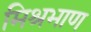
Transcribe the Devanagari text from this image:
मिश्रभाण